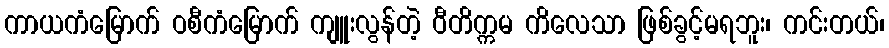
ကာယကံမြောက် ဝစီကံမြောက် ကျူးလွန်တဲ့ ဝီတိက္ကမ ကိလေသာ ဖြစ်ခွင့်မရဘူး၊ ကင်းတယ်၊